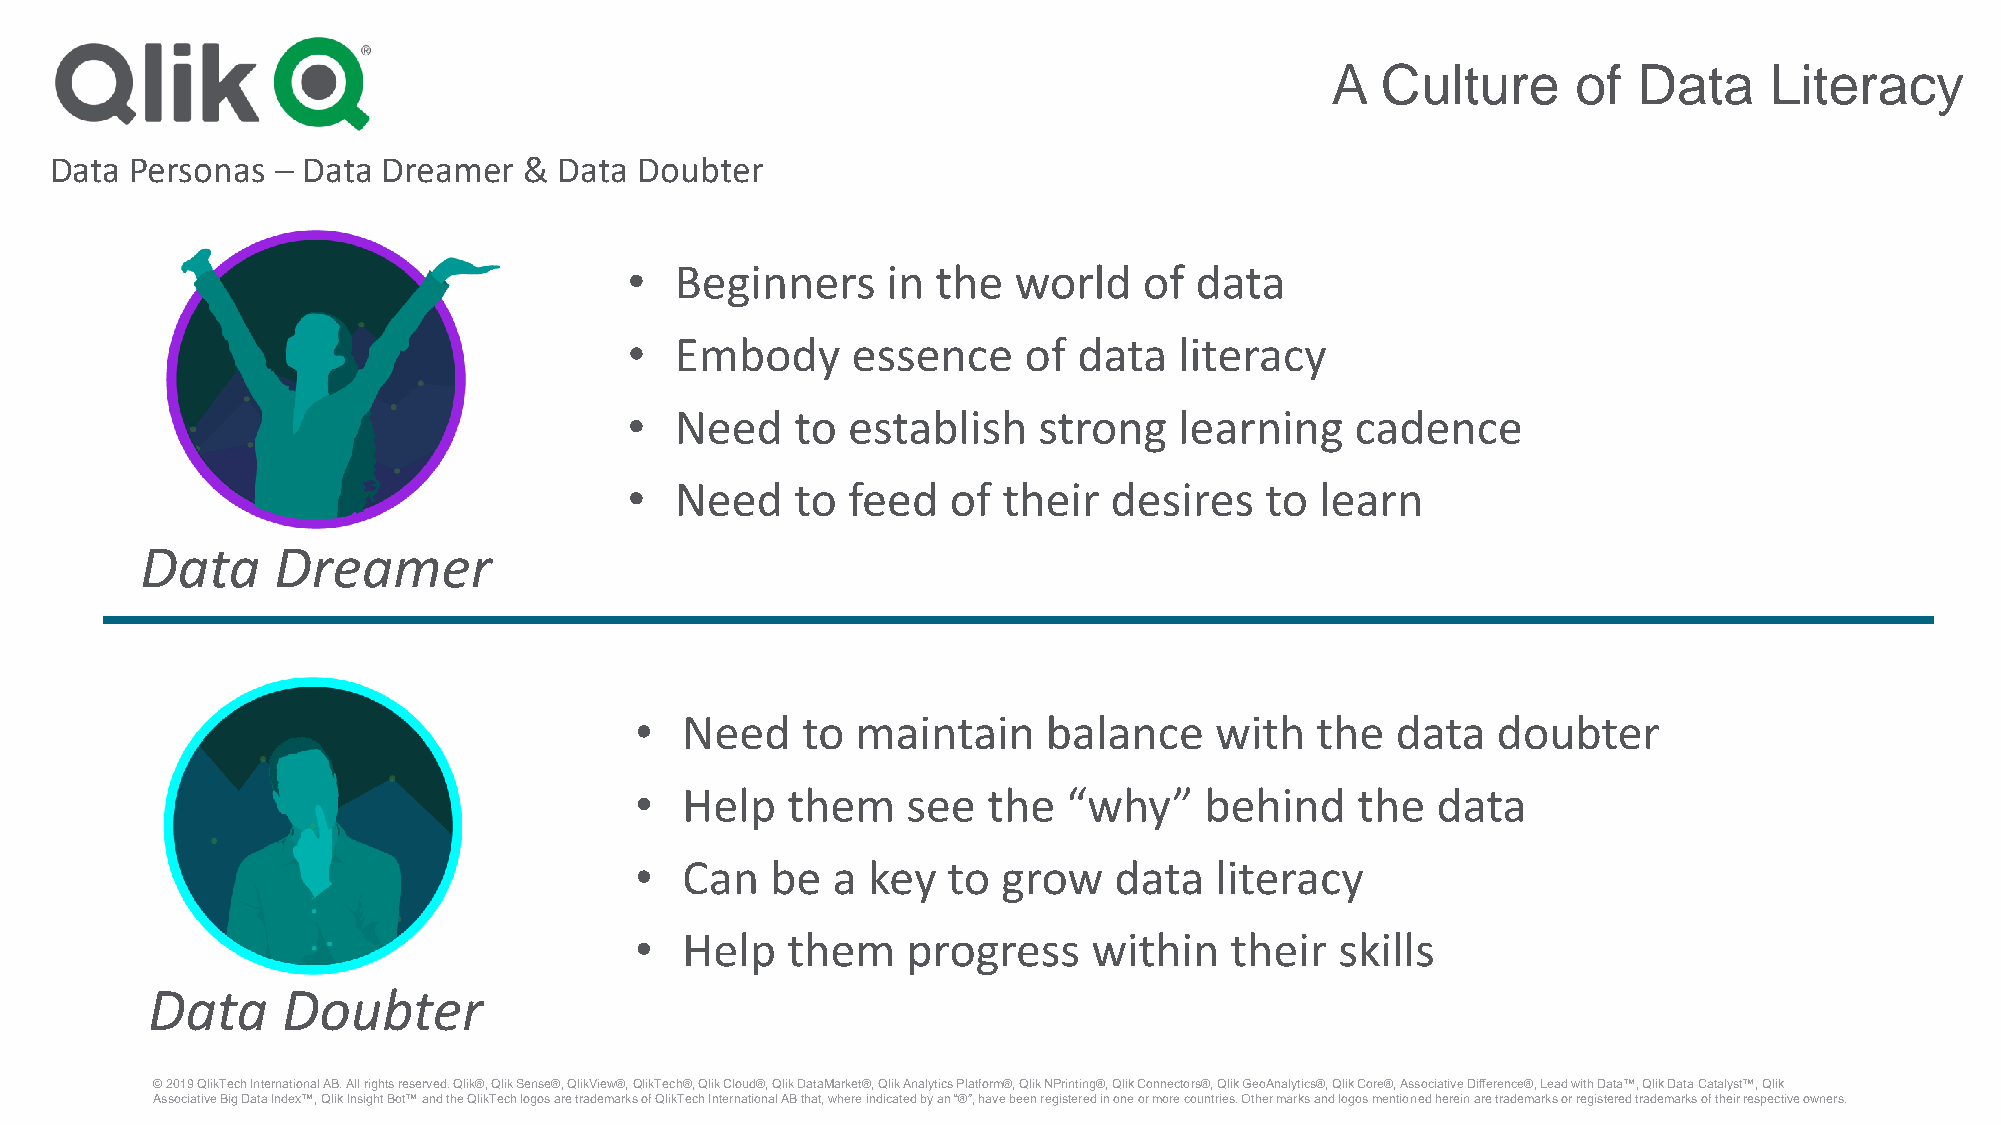
A  Culture      of  Data     Literacy
 Data  Personas – Data Dreamer   & Data Doubter
 •  Beginners     in the  world    of data
 •  Embody     essence     of data   literacy
 •  Need    to establish    strong   learning    cadence
 •  Need    to feed   of their  desires    to learn
 Data     Dreamer
 •  Need    to  maintain    balance    with   the  data   doubter
 •  Help   them    see  the   “why”    behind    the  data
 •  Can   be  a key   to grow    data  literacy
 •  Help   them    progress    within   their   skills
 Data     Doubter
 © 2019 QlikTechInternational AB. All rights reserved. Qlik®, Qlik Sense®, QlikView®, QlikTech®, Qlik Cloud®, Qlik DataMarket®, Qlik Analytics Platform®, Qlik NPrinting®, Qlik Connectors®, Qlik GeoAnalytics®, Qlik Core®, Associative Difference®, Lead with Data™, Qlik Data Catalyst™, Qlik
 Associative Big Data Index™, Qlik Insight Bot™ and the QlikTechlogos are trademarks of QlikTechInternational AB that, where indicated by an “®”, have been registered in one or more countries. Other marks and logos mentioned herein are trademarks or registered trademarks of their respective owners.